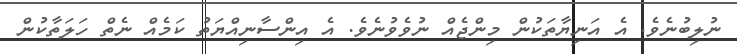
ނުލިބުނެވެ. އެ އަނިޔާތަކުން މިންޖެއް ނުވެވުނެވެ. އެ އިންސާނިއްޔަތު ކަމެއް ނެތް ހަލަތާކުން